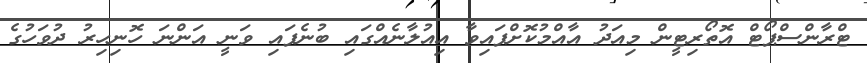
ޓްރާންސްޕޯޓް އޮތޯރިޓީން މިއަދު އާއްމުކޮށްފައިވާ އިއުލާނެއްގައި ބުނެފައި ވަނީ އަންނަ ހޮނިހިރު ދުވަހުގެ